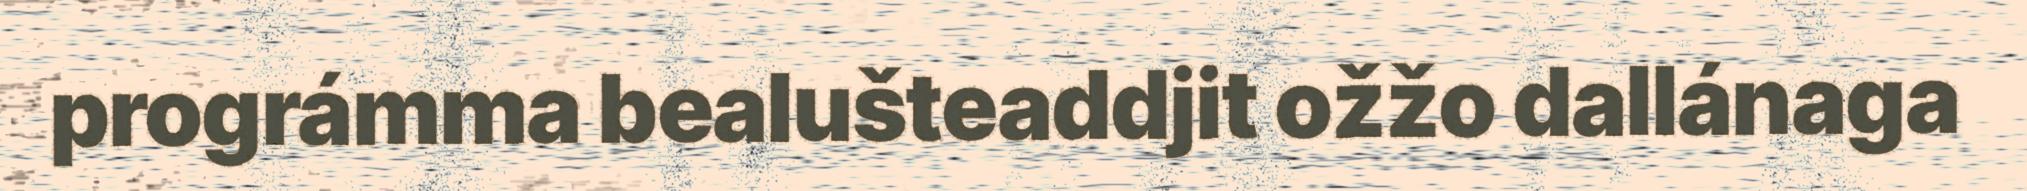
prográmma bealušteaddjit ožžo dallánaga